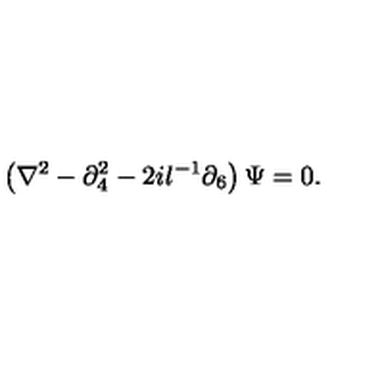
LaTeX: \left( \nabla ^ { 2 } - \partial _ { 4 } ^ { 2 } - 2 i l ^ { - 1 } \partial _ { 6 } \right) \Psi = 0 .